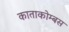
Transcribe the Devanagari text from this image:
काताकोम्बस